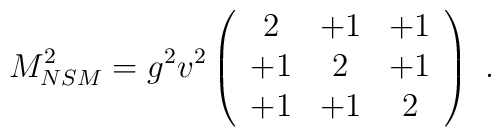
M_{NSM}^2 =g^2 v^2 \left(\begin{array}{ccc}    2 & +1 & +1  \\     +1 & 2 & +1 \\     +1 & +1 & 2 \\  \end{array} \right)~.~\,